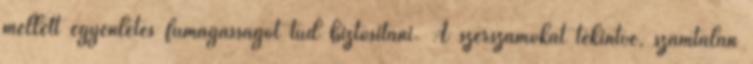
mellett egyenletes fűmagasságot tud biztosítani. A szerszámokat tekintve, számtalan